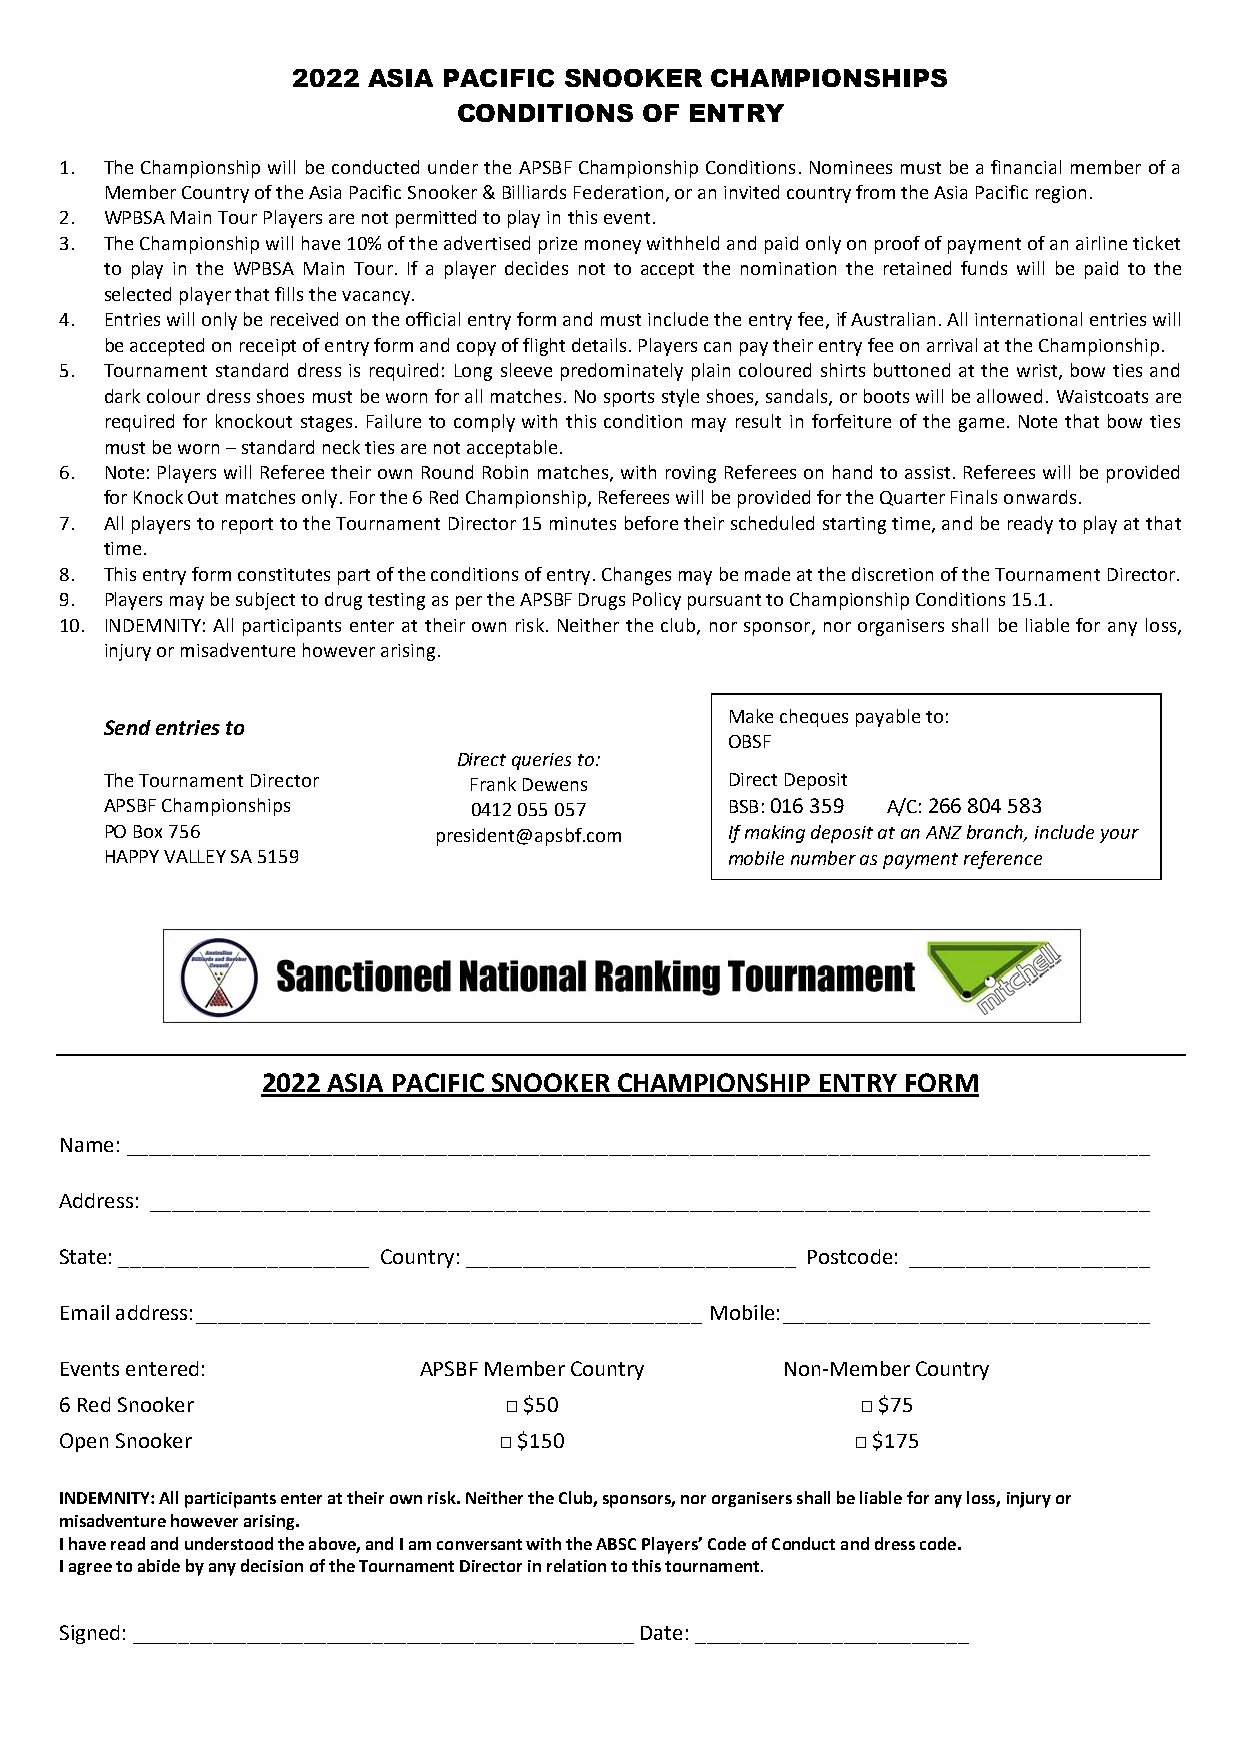
2022 ASIA PACIFIC SNOOKER   CHAMPIONSHIPS
 CONDITIONS   OF ENTRY
 1. The Championship will be conducted under the APSBF Championship Conditions. Nominees must be a financial member of a
 Member Country of the Asia Pacific Snooker & Billiards Federation, or an invited country from the Asia Pacific region.
 2. WPBSA Main Tour Players are not permitted to play in this event.
 3. The Championship will have 10% of the advertised prize money withheld and paid only on proof of payment of an airline ticket
 to play in the WPBSA Main Tour. If a player decides not to accept the nomination the retained funds will be paid to the
 selected player that fills the vacancy.
 4. Entries will only be received on the official entry form and must include the entry fee, if Australian. All international entries will
 be accepted on receipt of entry form and copy of flight details. Players can pay their entry fee on arrival at the Championship.
 5. Tournament standard dress is required: Long sleeve predominately plain coloured shirts buttoned at the wrist, bow ties and
 dark colour dress shoes must be worn for all matches. No sports style shoes, sandals, or boots will be allowed. Waistcoats are
 required for knockout stages. Failure to comply with this condition may result in forfeiture of the game. Note that bow ties
 must be worn – standard neck ties are not acceptable.
 6. Note: Players will Referee their own Round Robin matches, with roving Referees on hand to assist. Referees will be provided
 for Knock Out matches only. For the 6 Red Championship, Referees will be provided for the Quarter Finals onwards.
 7. All players to report to the Tournament Director 15 minutes before their scheduled starting time, and be ready to play at that
 time.
 8. This entry form constitutes part of the conditions of entry. Changes may be made at the discretion of the Tournament Director.
 9. Players may be subject to drug testing as per the APSBF Drugs Policy pursuant to Championship Conditions 15.1.
 10. INDEMNITY: All participants enter at their own risk. Neither the club, nor sponsor, nor organisers shall be liable for any loss,
 injury or misadventure however arising.
 Make cheques payable to:
 Send entries to
 OBSF
 Direct queries to:
 The Tournament Director Frank Dewens     Direct Deposit
 APSBF Championships     0412 055 057     BSB: 016 359 A/C: 266 804 583
 PO Box 756            president@apsbf.com If making deposit at an ANZ branch, include your
 HAPPY VALLEY SA 5159                     mobile number as payment reference
 2022 ASIA PACIFIC SNOOKER CHAMPIONSHIP ENTRY FORM
 Name: _________________________________________________________________________________________
 Address: _______________________________________________________________________________________
 State: ______________________ Country: _____________________________ Postcode: _____________________
 Email address: ____________________________________________ Mobile: ________________________________
 Events entered:         APSBF Member Country    Non-Member Country
 6 Red Snooker                □ $50                   □ $75
 Open Snooker                 □ $150                 □ $175
 INDEMNITY: All participants enter at their own risk. Neither the Club, sponsors, nor organisers shall be liable for any loss, injury or
 misadventure however arising.
 I have read and understood the above, and I am conversant with the ABSC Players’ Code of Conduct and dress code.
 I agree to abide by any decision of the Tournament Director in relation to this tournament.
 Signed: ____________________________________________ Date: ________________________